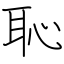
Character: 恥